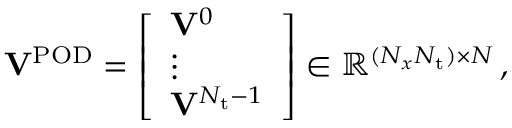
\begin{array} { r } { \mathbf { V } ^ { \mathrm { P O D } } = \left[ \begin{array} { l } { \mathbf { V } ^ { 0 } } \\ { \vdots } \\ { \mathbf { V } ^ { N _ { \mathrm { t } } - 1 } } \end{array} \right] \in \mathbb { R } ^ { ( N _ { x } N _ { \mathrm { t } } ) \times N } \, , } \end{array}